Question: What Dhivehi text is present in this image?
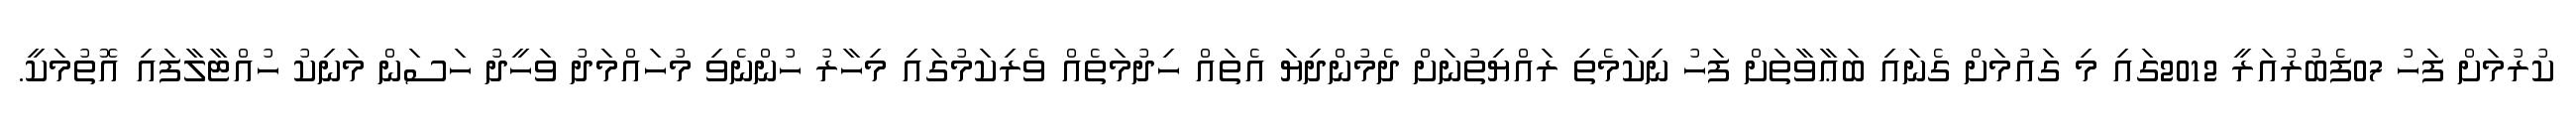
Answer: ކުރުމަށް ފަހު 07ފެބުރުއަރީ 2012ގައި މި ގައުމަށް ގެނައި ބަޢާވާތަށް ފަހު ނިކަމެތި ރައްޔިތުނަށް ދެމުންދިޔަ އެތައް ހިދުމަތެއް ވެރިކަމުގައި މިހާރު ހުންނެވި މުހައްމަދު ވަހީދު ހަސަން މަނިކު ހުއްޓާލާފައި އޮތުމަކީ.